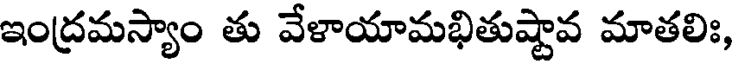
ఇంద్రమస్యాం తు వేళాయామభితుష్టావ మాతలిః,